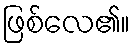
ဖြစ်လေ၏။